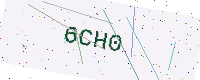
Text: 6CH0